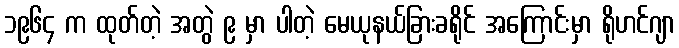
၁၉၆၄ က ထုတ်တဲ့ အတွဲ ၉ မှာ ပါတဲ့ မေယုနယ်ခြားခရိုင် အကြောင်းမှာ ရိုဟင်ဂျာ